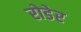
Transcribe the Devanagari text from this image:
रोडेर